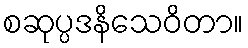
စဆုပ္ပဒနိသေဝိတာ။